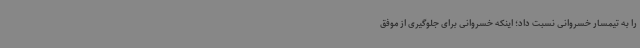
را به تیمسار خسروانی نسبت داد؛ اینکه خسروانی برای جلوگیری از موفق